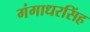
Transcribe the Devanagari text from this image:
गंगाधरसिंह